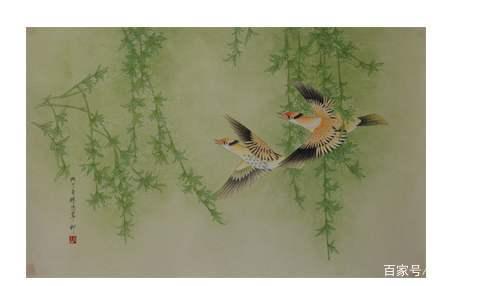
黄莺不语东风起，深闭朱门伴舞腰。